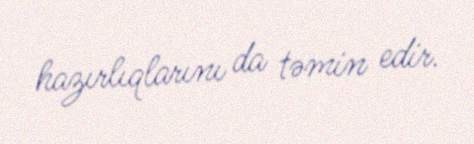
hazırlıqlarını da təmin edir.